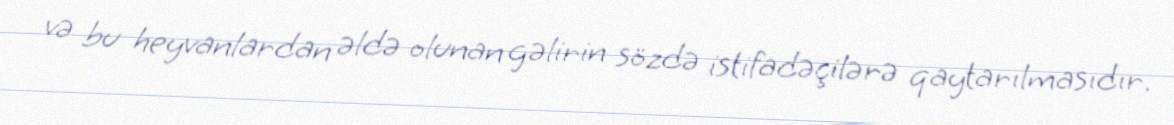
və bu heyvanlardan əldə olunan gəlirin sözdə istifadəçilərə qaytarılmasıdır.